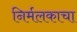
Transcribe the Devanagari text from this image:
निर्मलकाचा